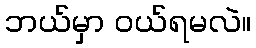
ဘယ်မှာ ဝယ်ရမလဲ။